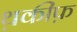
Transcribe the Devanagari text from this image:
थ़कीफ़